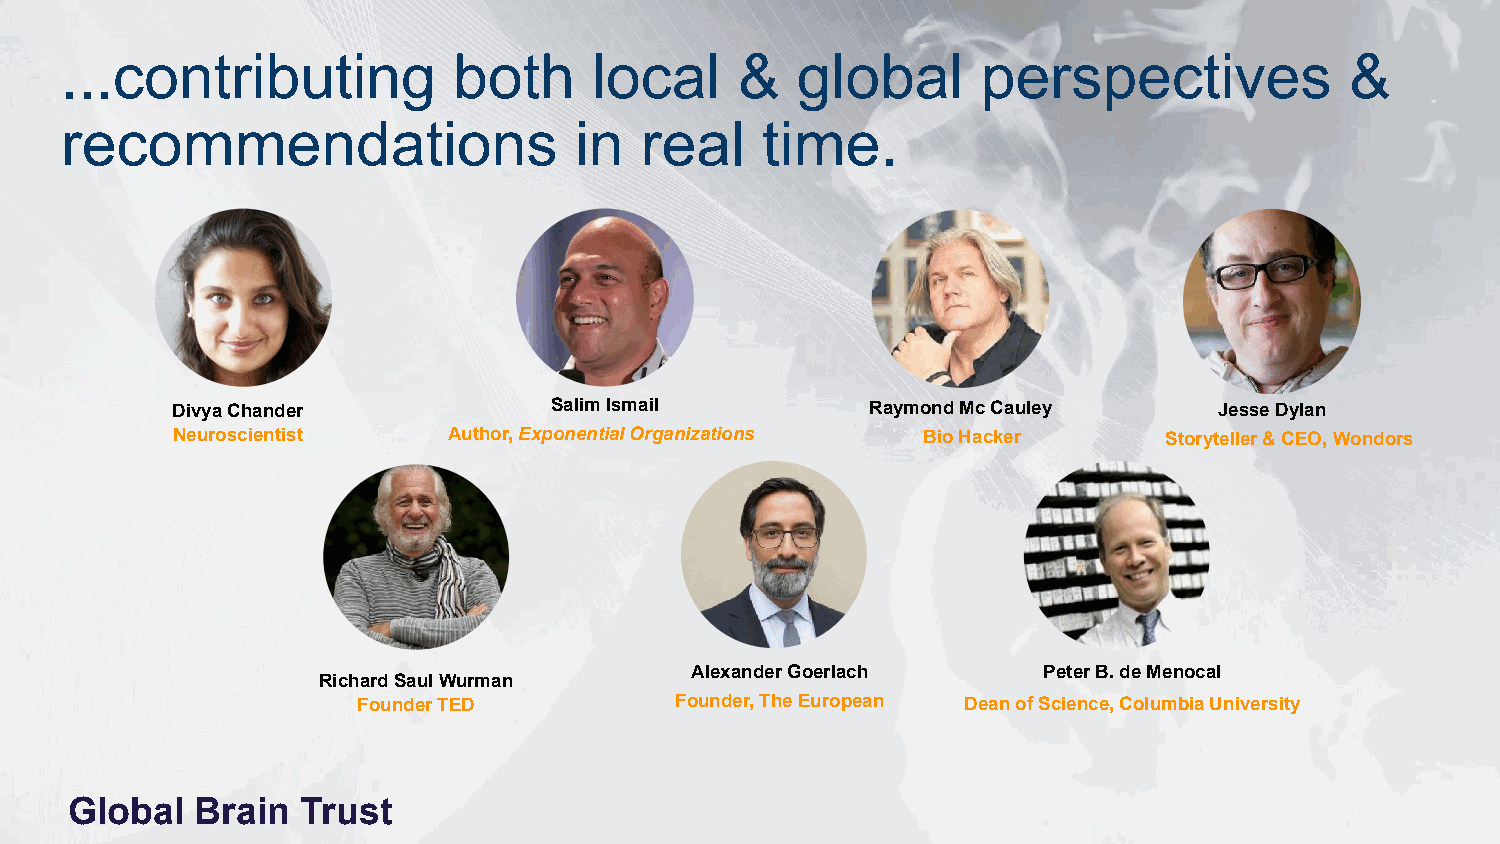
...contributing           both     local     &   global      perspectives            &
 recommendations                   in  real    time.
 Divya Chander            Salim Ismail          Raymond Mc Cauley      Jesse Dylan
 Neuroscientist     Author, Exponential Organizations Bio Hacker   Storyteller & CEO, Wondors
 Alexander Goerlach     Peter B. de Menocal
 Richard Saul Wurman
 Founder TED          Founder, The European Dean of Science, Columbia University
 Global   Brain  Trust